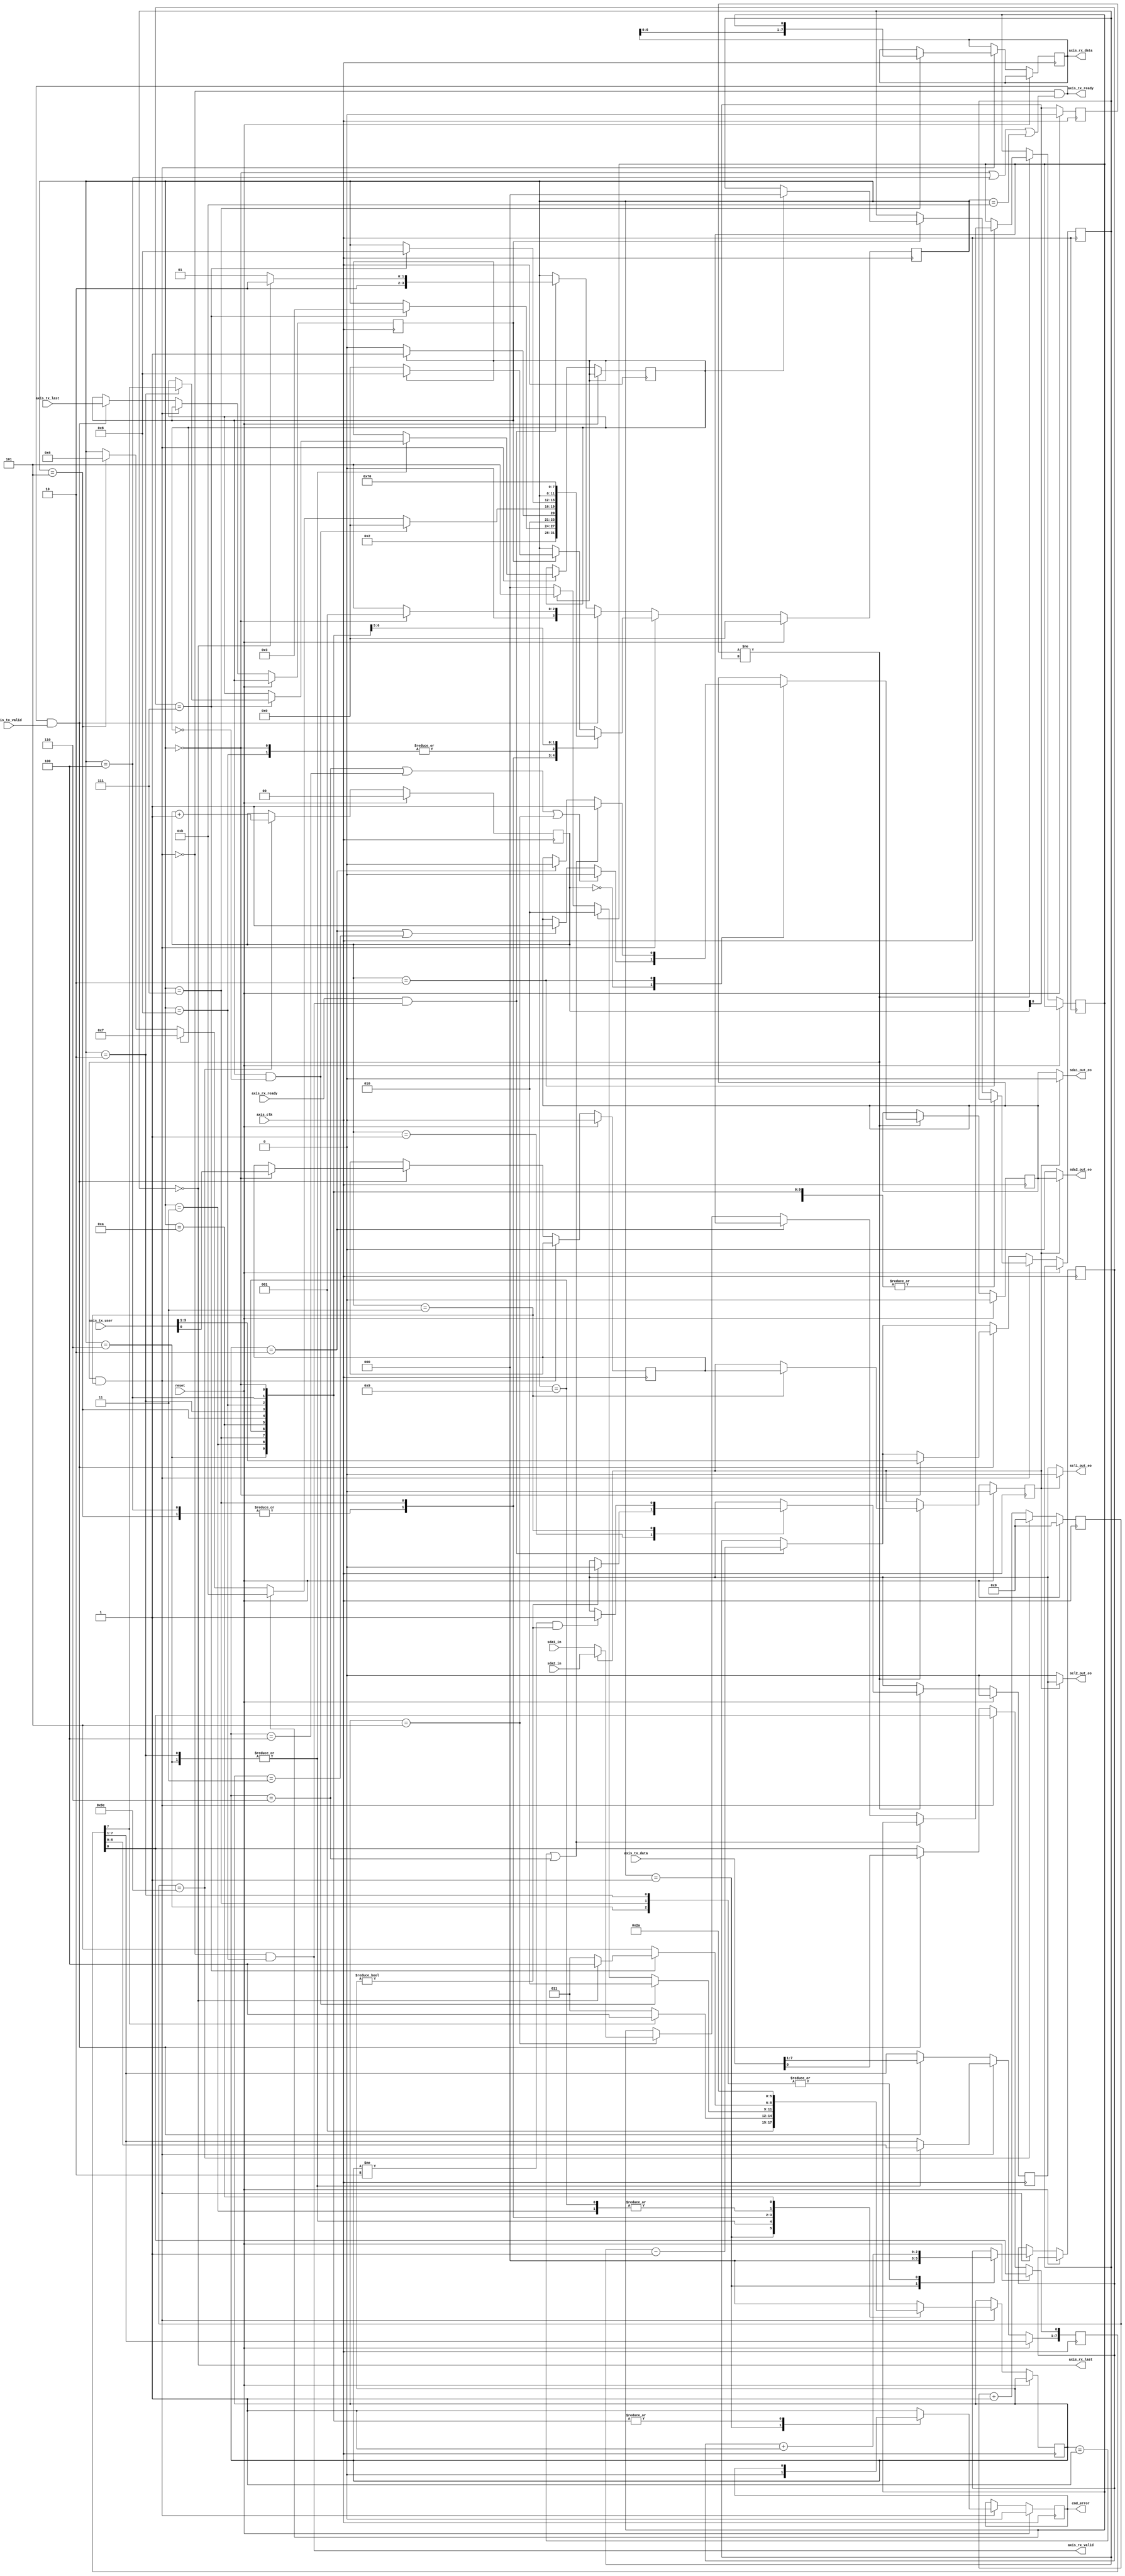
//
// Copyright (c) 2016-2020 Fairwaves, Inc.
// SPDX-License-Identifier: CERN-OHL-W-2.0
//

module ll_i2c_dmastere #(
    parameter I2C_SPEED = 100000,
    parameter BUS_SPEED = 62500000,
    parameter CLK_DIV_BITS = 12,
    parameter RD_BITS_MAX = 3
)(
    input reset,
    input axis_clk,

    // BUS 1
    input  sda1_in,
    output sda1_out_eo,
    output scl1_out_eo,

    // BUS 2
    input  sda2_in,
    output sda2_out_eo,
    output scl2_out_eo,

    input [7:0]  axis_tx_data,
    input        axis_tx_last,
    input        axis_tx_valid,
    input [RD_BITS_MAX:0]  axis_tx_user,
      // [3:1]   Number of bytes to read 0==1, 1==2, etc.
      // [0]     Bus number
    output       axis_tx_ready,

    output [7:0] axis_rx_data,
    output       axis_rx_last,
    output       axis_rx_valid,
    input        axis_rx_ready,
    
    output reg   cmd_error
);

reg i2c_bus_sel;
reg dss_bus_sel;

// Bus logic selector
wire sda_in = (dss_bus_sel) ? sda2_in : sda1_in;
wire sda_out_eo;
wire scl_out_eo;

localparam SDA_OUT_HIGH = 0;
localparam SDA_OUT_LOW  = 1;

localparam SCL_OUT_HIGH = 0;
localparam SCL_OUT_LOW  = 1;

assign sda1_out_eo = (dss_bus_sel) ? SDA_OUT_HIGH : sda_out_eo;
assign scl1_out_eo = (dss_bus_sel) ? SCL_OUT_HIGH : scl_out_eo;
assign sda2_out_eo = (dss_bus_sel) ? sda_out_eo : SDA_OUT_HIGH;
assign scl2_out_eo = (dss_bus_sel) ? scl_out_eo : SCL_OUT_HIGH;

// Clock divider block
reg [CLK_DIV_BITS-1:0] clk_div;
reg [1:0]              clk_state;
reg                    clk_state_lo_prev;

always @(posedge axis_clk) begin
  if (reset) begin
    clk_div   <= 0;
    clk_state <= 0;
    clk_state_lo_prev <= 0;
  end else begin
    if (clk_div == ((BUS_SPEED/I2C_SPEED - 1)/4)) begin
      clk_state <= clk_state + 1;
      clk_div   <= 0;
    end else begin
      clk_div <= clk_div + 1;
    end

    clk_state_lo_prev <= clk_state[0];
  end
end

wire state_strobe = (clk_state_lo_prev != clk_state[0]);

// Symbol serialyzer block
localparam LLS_IDLE     = 0;
localparam LLS_START    = 1;
localparam LLS_STOP     = 2;
localparam LLS_TX_BIT_0 = 3;
localparam LLS_TX_BIT_1 = 4;
localparam LLS_RX_BIT   = 5;
localparam LLS_REPSTART = 6;

reg        scl_out_eo_reg;
reg        sda_out_eo_reg;


reg [2:0]  ll_sym;
wire       nxt_sym = (state_strobe && clk_state == 3);
reg        ll_rx_cap;     // Captured RX-bit

assign sda_out_eo = sda_out_eo_reg;
assign scl_out_eo = scl_out_eo_reg;

always @(posedge axis_clk) begin
  if (reset) begin
    scl_out_eo_reg <= SCL_OUT_HIGH;
    sda_out_eo_reg <= SDA_OUT_HIGH;
    dss_bus_sel    <= 0;
    //ll_ready       <= 1'b0;
  end else if (state_strobe) begin
    case (clk_state)
    0: begin
      //dss_bus_sel <= i2c_bus_sel;
      if (ll_sym == LLS_REPSTART || ll_sym == LLS_TX_BIT_1 || ll_sym == LLS_RX_BIT) begin
        sda_out_eo_reg <= SCL_OUT_HIGH;
      end else if (ll_sym == LLS_STOP || ll_sym == LLS_TX_BIT_0) begin
        sda_out_eo_reg <= SCL_OUT_LOW;
      end
    end

    1: begin
      if (ll_sym != LLS_IDLE) begin
        scl_out_eo_reg <= SCL_OUT_HIGH;
      end
    end

    2: begin
      if (ll_sym == LLS_START || ll_sym == LLS_REPSTART) begin
        sda_out_eo_reg <= SDA_OUT_LOW;
      end else if (ll_sym == LLS_STOP) begin
        sda_out_eo_reg <= SDA_OUT_HIGH;
      end else if (ll_sym == LLS_RX_BIT) begin
        ll_rx_cap      <= sda_in;
      end
    end

    3: begin
      dss_bus_sel    <= i2c_bus_sel;
      if (ll_sym != LLS_STOP && ll_sym != LLS_IDLE) begin
        scl_out_eo_reg <= SCL_OUT_LOW;
      end
    end

    endcase
  end
end


// Data stream serialyzer
localparam DSS_IDLE     = 0;
localparam DSS_START    = 1;
localparam DSS_ADDR     = 2;
localparam DSS_AACK     = 3; // ACK by Device
localparam DSS_WDATA    = 4; // Wait for next data frame while waiting for ACK
localparam DSS_TACK     = 5; // ACK by Device Analyze and send 7th but
localparam DSS_TXD      = 6;
localparam DSS_RXD_RACK = 7;
localparam DSS_RDATA    = 8; // Wait for data to be read
localparam DSS_RREP     = 9; // ACK by Master
localparam DSS_STOP     = 10;

localparam DSS_FAILED   = 11; //Transaction aborted by device


reg [2:0] bit_counter;

reg [3:0] dss_state;
reg       dss_mode_r;
reg       dss_last_tx;
reg [RD_BITS_MAX-1:0] dss_rx_cntr;

reg [7:0] rx_data;
reg [7:0] out_data;
assign axis_tx_ready = ~nxt_sym && ((dss_state == DSS_IDLE) || (dss_state == DSS_WDATA) || (dss_state == DSS_FAILED));
assign axis_rx_data  = rx_data;
assign axis_rx_valid = ~nxt_sym && (dss_state == DSS_RDATA);
assign axis_rx_last  = (dss_rx_cntr == 0);

always @(posedge axis_clk) begin
  if (reset) begin
    dss_state   <= DSS_IDLE;
    i2c_bus_sel <= 0; // Make debug easier
    cmd_error   <= 0;
  end else begin
   if (nxt_sym) begin
    case (dss_state)
      DSS_IDLE: begin
        ll_sym      <= LLS_IDLE;
      end

      DSS_START: begin
        ll_sym      <= LLS_START;
        dss_state   <= DSS_ADDR;
        bit_counter <= 0;
        cmd_error   <= 0;
      end

      DSS_ADDR, DSS_TXD: begin
        ll_sym        <= (out_data[7]) ? LLS_TX_BIT_1 : LLS_TX_BIT_0;

        out_data[7:1] <= out_data[6:0];
        bit_counter   <= bit_counter + 1'b1;

        if (bit_counter == 7) begin
          if (dss_state == DSS_ADDR) begin
              dss_mode_r <= out_data[7];
          end
          dss_state   <= DSS_AACK;
        end
      end

      DSS_AACK: begin
        ll_sym          <= LLS_RX_BIT;
        if (dss_mode_r) begin
          dss_state      <= DSS_TACK;
        end else begin
          dss_state      <= DSS_WDATA;
        end
      end

      DSS_WDATA, DSS_TACK: begin
        if (dss_last_tx && ~dss_mode_r) begin
          dss_state     <= DSS_IDLE;
          ll_sym        <= LLS_STOP;
        end else if (ll_rx_cap) begin  // NACK by device
          dss_state     <= DSS_FAILED;
          ll_sym        <= LLS_STOP;
        end else if (dss_mode_r) begin
          dss_state     <= DSS_RXD_RACK;
          ll_sym        <= LLS_RX_BIT;
        end else if (dss_state == DSS_TACK) begin
          ll_sym        <= LLS_IDLE;
          dss_state     <= DSS_TXD;
        end else begin
          ll_sym        <= LLS_IDLE;
        end
      end

      DSS_RXD_RACK: begin
        ll_sym       <= LLS_RX_BIT;
        rx_data[7:0] <= {rx_data[6:0], ll_rx_cap};
        bit_counter  <= bit_counter + 1'b1;

        if (bit_counter == 7) begin
          if (dss_rx_cntr == 0) begin
            ll_sym       <= LLS_TX_BIT_1; //NACK by master, stop transaction
          end else begin
            ll_sym       <= LLS_TX_BIT_0; //ACK by master
          end
          dss_state     <= DSS_RDATA;
        end
      end

      DSS_RDATA: begin
        ll_sym      <= LLS_IDLE;
      end

      DSS_RREP: begin
        ll_sym      <= LLS_RX_BIT;
        dss_state   <= DSS_RXD_RACK;
      end

      DSS_STOP: begin
        ll_sym     <= LLS_STOP;
        dss_state  <= DSS_IDLE;
      end

      default: begin
        ll_sym      <= DSS_IDLE;
        cmd_error   <= 1'b1;
        if (dss_last_tx) begin
          if (dss_mode_r) begin
            //Raise data ready
            dss_rx_cntr <= 0;
            dss_state   <= DSS_RDATA;
          end else begin
            dss_state   <= DSS_IDLE;
          end
        end
      end

    endcase
   end else begin
        if (axis_rx_ready && axis_rx_valid) begin
          if (dss_rx_cntr == 0) begin
            dss_state   <= DSS_STOP;
          end else begin
            dss_state   <= DSS_RREP;
          end
          dss_rx_cntr  <= dss_rx_cntr - 1;
        end

        if (axis_tx_ready && axis_tx_valid) begin
          out_data      <= axis_tx_data;
          dss_last_tx   <= axis_tx_last;

          if (dss_state == DSS_IDLE) begin
            dss_state     <= DSS_START;
            i2c_bus_sel   <= axis_tx_user[0];
            dss_rx_cntr   <= axis_tx_user[RD_BITS_MAX:1];
          end else begin
            dss_state     <= DSS_TACK;
          end
        end

   end
  end
end


endmodule